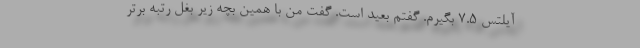
آیلتس ۷.۵ بگیرم. گفتم بعید است. گفت من با همین بچه زیر بغل رتبه برتر